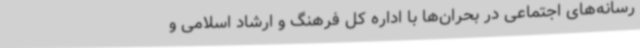
رسانه‌های اجتماعی در بحران‌ها با اداره کل فرهنگ و ارشاد اسلامی و